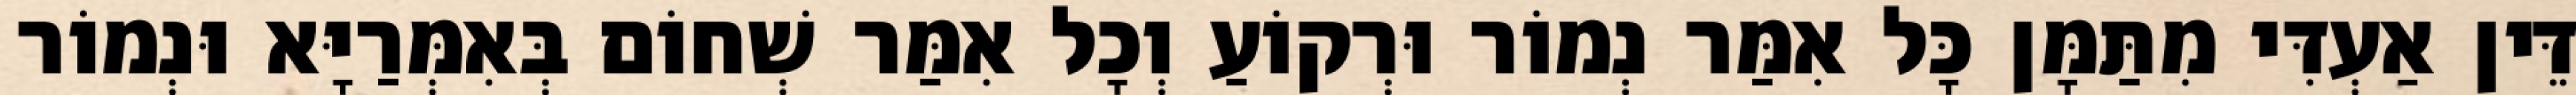
דֵּין אַעְדִּי מִתַּמָּן כָּל אִמַּר נְמוֹר וּרְקוֹעַ וְכָל אִמַּר שְׁחוֹם בְּאִמְּרַיָּא וּנְמוֹר